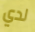
لدي